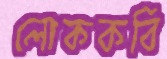
লোককবি